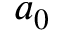
a _ { 0 }